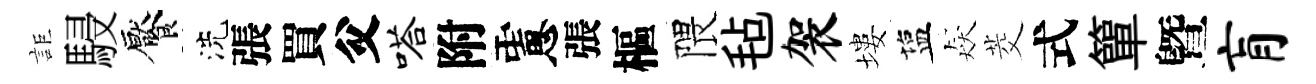
詎駸饜洗張買父嗒附慮張樞隈毡袈塿塩猋茭式簞曁肓